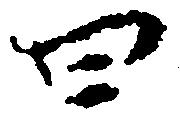
四